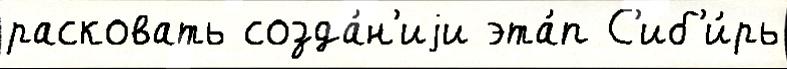
расковать созда́н'иjи эта́п С'иб'и́рь